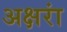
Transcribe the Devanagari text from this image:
अक्षरां